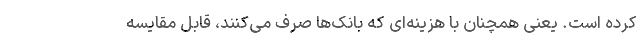
کرده است. یعنی همچنان با هزینه‌ای که بانک‌ها صرف می‌کنند، قابل مقایسه